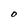
Character: 0